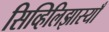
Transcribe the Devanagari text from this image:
सिव्हिलिझास्याँ